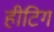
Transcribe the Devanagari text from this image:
हीटिग